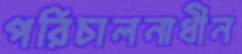
পরিচালনাধীন